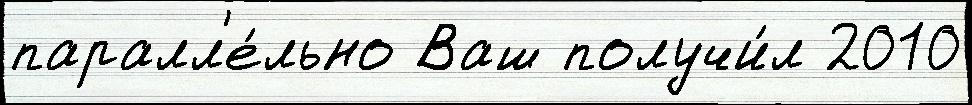
паралл'е́льно Ваш получи́л 2010